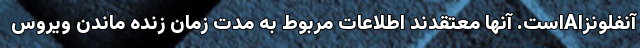
آنفلونزاAاست. آنها معتقدند اطلاعات مربوط به مدت زمان زنده ماندن ویروس